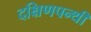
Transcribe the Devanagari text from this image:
दक्षिणपन्थी